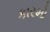
કારમો